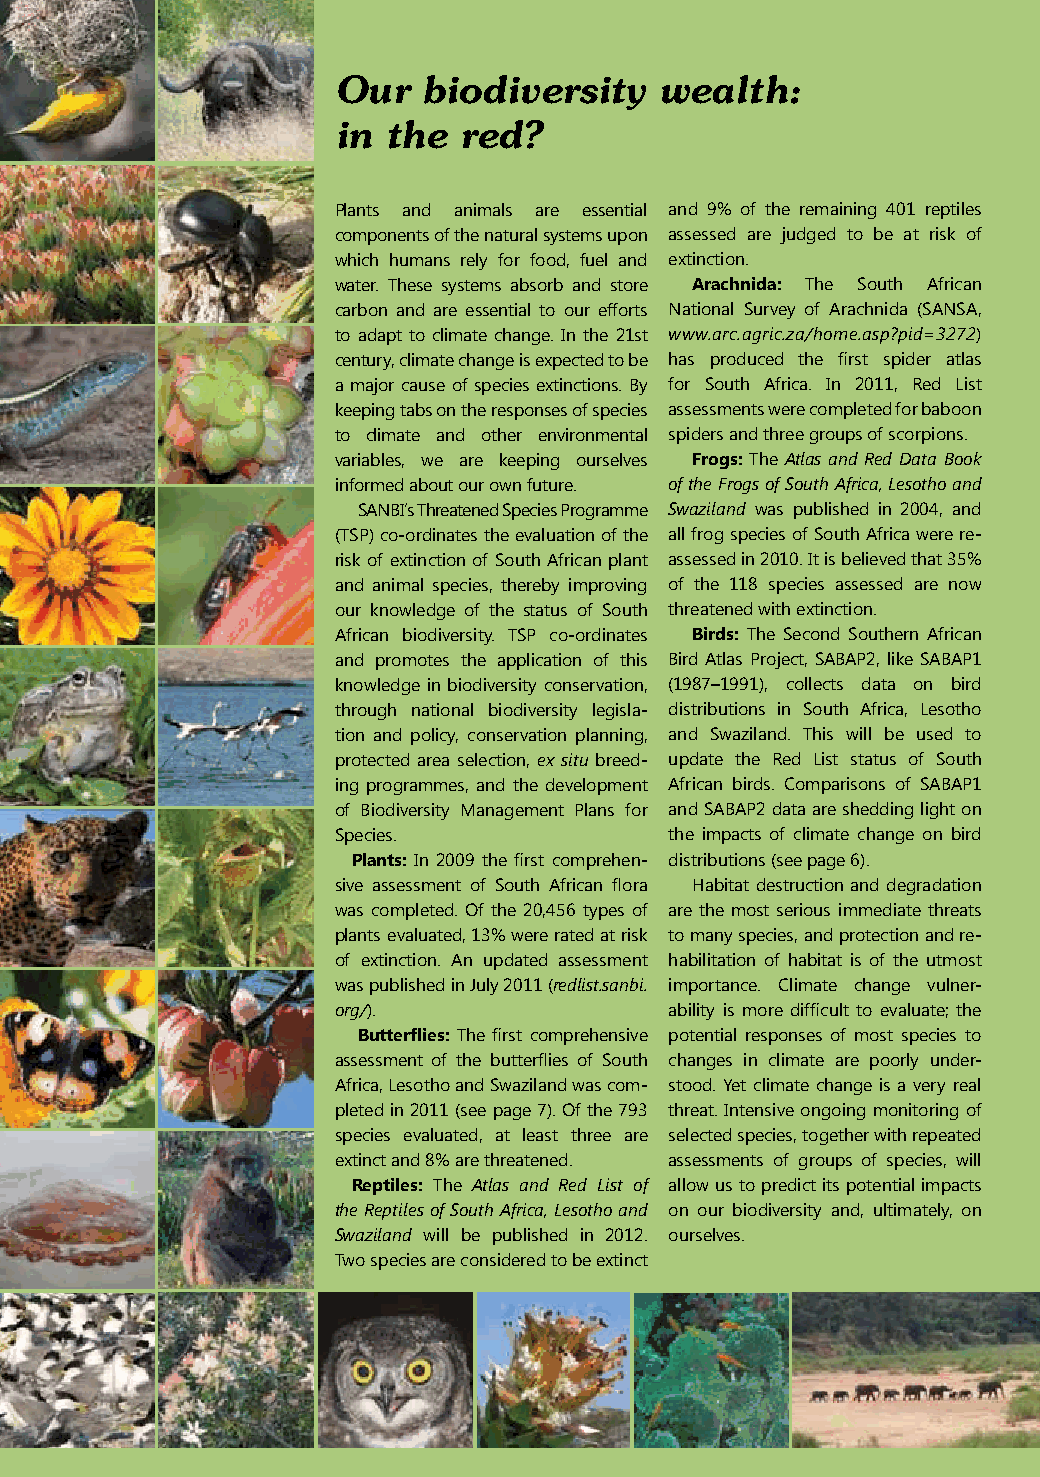
Our   biodiversity    wealth:
 in the  red?
 Plants and animals are essential and 9% of the remaining 401 reptiles
 components of the natural systems upon assessed are judged to be at risk of
 which humans rely for food, fuel and extinction.
 water. These systems absorb and store Arachnida: The South African
 carbon and are essential to our efforts National Survey of Arachnida (SANSA,
 to adapt to climate change. In the 21st www.arc.agric.za/home.asp?pid=3272)
 century, climate change is expected to be has produced the first spider atlas
 a major cause of species extinctions. By for South Africa. In 2011, Red List
 keeping tabs on the responses of species assessments were completed for baboon
 to climate and other environmental spiders and three groups of scorpions.
 variables, we are keeping ourselves Frogs: The Atlas and Red Data Book
 informed about our own future. of the Frogs of South Africa, Lesotho and
 SANBI’s Threatened Species Programme Swaziland was published in 2004, and
 (TSP) co-ordinates the evaluation of the all frog species of South Africa were re-
 risk of extinction of South African plant assessed in 2010. It is believed that 35%
 and animal species, thereby improving of the 118 species assessed are now
 our knowl edge of the status of South threatened with extinction.
 African biodiversity. TSP co-ordinates Birds: The Second Southern African
 and promotes the application of this Bird Atlas Project, SABAP2, like SABAP1
 knowledge in biodiversity conservation, (1987–1991), collects data on bird
 through national biodiversity legisla- distributions in South Africa, Lesotho
 tion and policy, conservation planning, and Swaziland. This will be used to
 protected area selection, ex situ breed- update the Red List status of South
 ing programmes, and the development African birds. Comparisons of SABAP1
 of Biodiversity Management Plans for and SABAP2 data are shedding light on
 Species.              the impacts of climate change on bird
 Plants: In 2009 the first comprehen- distributions (see page 6).
 sive assessment of South African flora Habitat destruction and degradation
 was completed. Of the 20,456 types of are the most serious immediate threats
 plants evaluated, 13% were rated at risk to many species, and protection and re-
 of extinction. An updated assessment habilitation of habitat is of the utmost
 was published in July 2011 (redlist.sanbi. importance. Climate change vulner-
 org/).                ability is more difficult to evaluate; the
 Butterflies: The first comprehensive potential responses of most species to
 assessment of the butterflies of South changes in climate are poorly under-
 Africa, Lesotho and Swaziland was com- stood. Yet climate change is a very real
 pleted in 2011 (see page 7). Of the 793 threat. Intensive ongoing monitoring of
 species evaluated, at least three are selected species, together with repeated
 extinct and 8% are threatened. assessments of groups of species, will
 Reptiles: The Atlas and Red List of allow us to predict its potential impacts
 the Reptiles of South Africa, Lesotho and on our biodiversity and, ultimately, on
 Swaziland will be published in 2012. ourselves.
 Two species are considered to be extinct